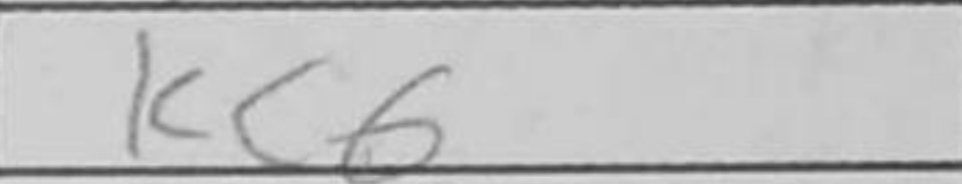
Transcription: Kc6